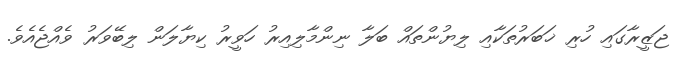
ޖަޒީރާގައި ހުރި ޚަބަރުތަކާއި ލިޔުންތައް ބަލާ ނިންމާލިއިރު ހަވީރު ކިޔާލަން ލިބޭވަރު ވެއްޖެއެވެ.